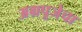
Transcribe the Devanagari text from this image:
अग्रपूजेचा